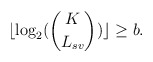
\begin{align*}\lfloor \log_{2}(\binom{K}{L_{sv}}) \rfloor \geq b.\end{align*}